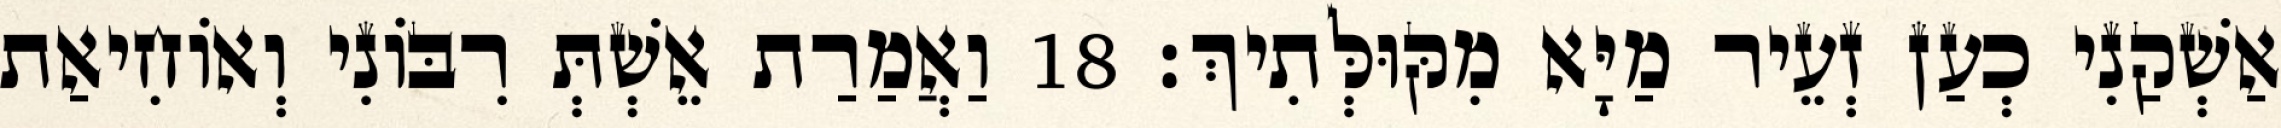
אַשְׁקַנִי כְעַן זְעֵיר מַיָּא מִקּוּלְּתִיךְ׃ 18 וַאֲמַרַת אֵשְׁתְּ רִבּוֹנִי וְאוֹחִיאַת